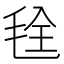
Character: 𮳁